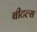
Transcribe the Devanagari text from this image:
बीटल्‍स